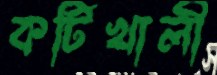
কটিখালী